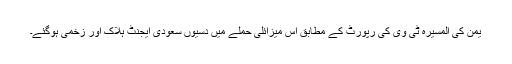
یمن کی المسیرہ ٹی وی کی رپورٹ کے مطابق اس میزائلی حملے میں دسیوں سعودی ایجنٹ ہلاک اور زخمی ہوگئے۔